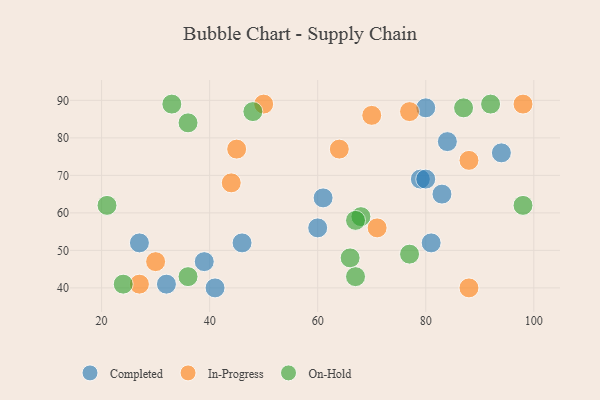
{"axis": {"x": "GDP", "y": "Life Expectancy"}, "legend": ["Completed", "In-Progress", "On-Hold"], "data": [{"x": "81", "y": 52, "type": "Completed"}, {"x": "83", "y": 65, "type": "Completed"}, {"x": "61", "y": 64, "type": "Completed"}, {"x": "79", "y": 69, "type": "Completed"}, {"x": "60", "y": 56, "type": "Completed"}, {"x": "46", "y": 52, "type": "Completed"}, {"x": "32", "y": 41, "type": "Completed"}, {"x": "80", "y": 88, "type": "Completed"}, {"x": "94", "y": 76, "type": "Completed"}, {"x": "80", "y": 69, "type": "Completed"}, {"x": "27", "y": 52, "type": "Completed"}, {"x": "84", "y": 79, "type": "Completed"}, {"x": "39", "y": 47, "type": "Completed"}, {"x": "41", "y": 40, "type": "Completed"}, {"x": "64", "y": 77, "type": "In-Progress"}, {"x": "27", "y": 41, "type": "In-Progress"}, {"x": "98", "y": 89, "type": "In-Progress"}, {"x": "88", "y": 40, "type": "In-Progress"}, {"x": "30", "y": 47, "type": "In-Progress"}, {"x": "88", "y": 74, "type": "In-Progress"}, {"x": "70", "y": 86, "type": "In-Progress"}, {"x": "77", "y": 87, "type": "In-Progress"}, {"x": "71", "y": 56, "type": "In-Progress"}, {"x": "44", "y": 68, "type": "In-Progress"}, {"x": "45", "y": 77, "type": "In-Progress"}, {"x": "50", "y": 89, "type": "In-Progress"}, {"x": "33", "y": 89, "type": "On-Hold"}, {"x": "36", "y": 43, "type": "On-Hold"}, {"x": "87", "y": 88, "type": "On-Hold"}, {"x": "48", "y": 87, "type": "On-Hold"}, {"x": "92", "y": 89, "type": "On-Hold"}, {"x": "66", "y": 48, "type": "On-Hold"}, {"x": "68", "y": 59, "type": "On-Hold"}, {"x": "77", "y": 49, "type": "On-Hold"}, {"x": "24", "y": 41, "type": "On-Hold"}, {"x": "36", "y": 84, "type": "On-Hold"}, {"x": "98", "y": 62, "type": "On-Hold"}, {"x": "67", "y": 43, "type": "On-Hold"}, {"x": "67", "y": 58, "type": "On-Hold"}, {"x": "21", "y": 62, "type": "On-Hold"}]}